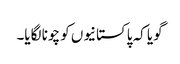
گویا کہ پاکستانیوں کو چونا لگایا۔